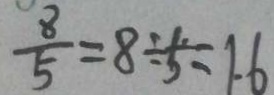
\frac { 8 } { 5 } = 8 \div 5 = 1 . 6